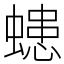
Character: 䗭